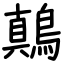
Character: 鷏